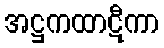
အဋ္ဌကထာဋီကာ